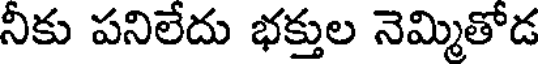
నీకు పనిలేదు భక్తుల నెమ్మితోడ